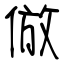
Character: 倣